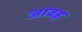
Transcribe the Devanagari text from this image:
जावड़